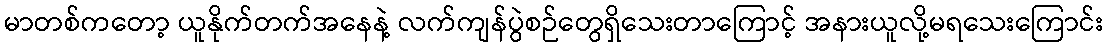
မာတစ်ကတော့ ယူနိုက်တက်အနေနဲ့ လက်ကျန်ပွဲစဉ်တွေရှိသေးတာကြောင့် အနားယူလို့မရသေးကြောင်း